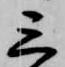
三